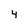
Character: 4